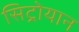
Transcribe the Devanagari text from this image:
सिट्रोयान